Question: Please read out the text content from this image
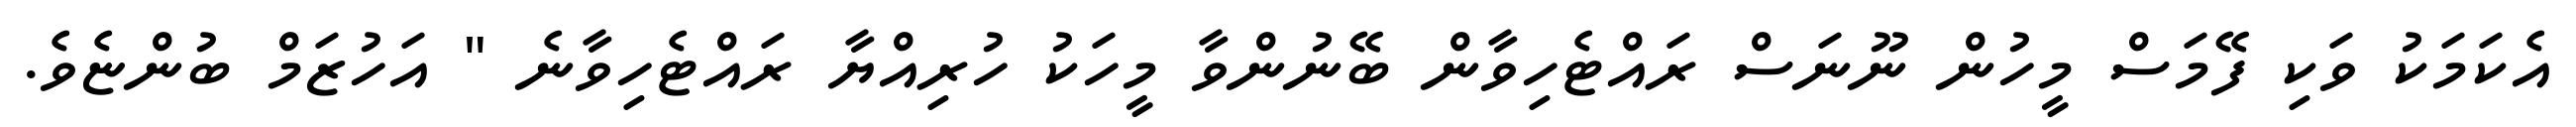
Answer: އެކަމަކު ވަކި ފޭމަސް މީހުން ނޫނަސް ރައްޓެހިވާން ބޭނުންވާ މީހަކު ހުރިއްޔާ ރައްޓެހިވާނެ " އަހުޒަމް ބުންޏެވެ.